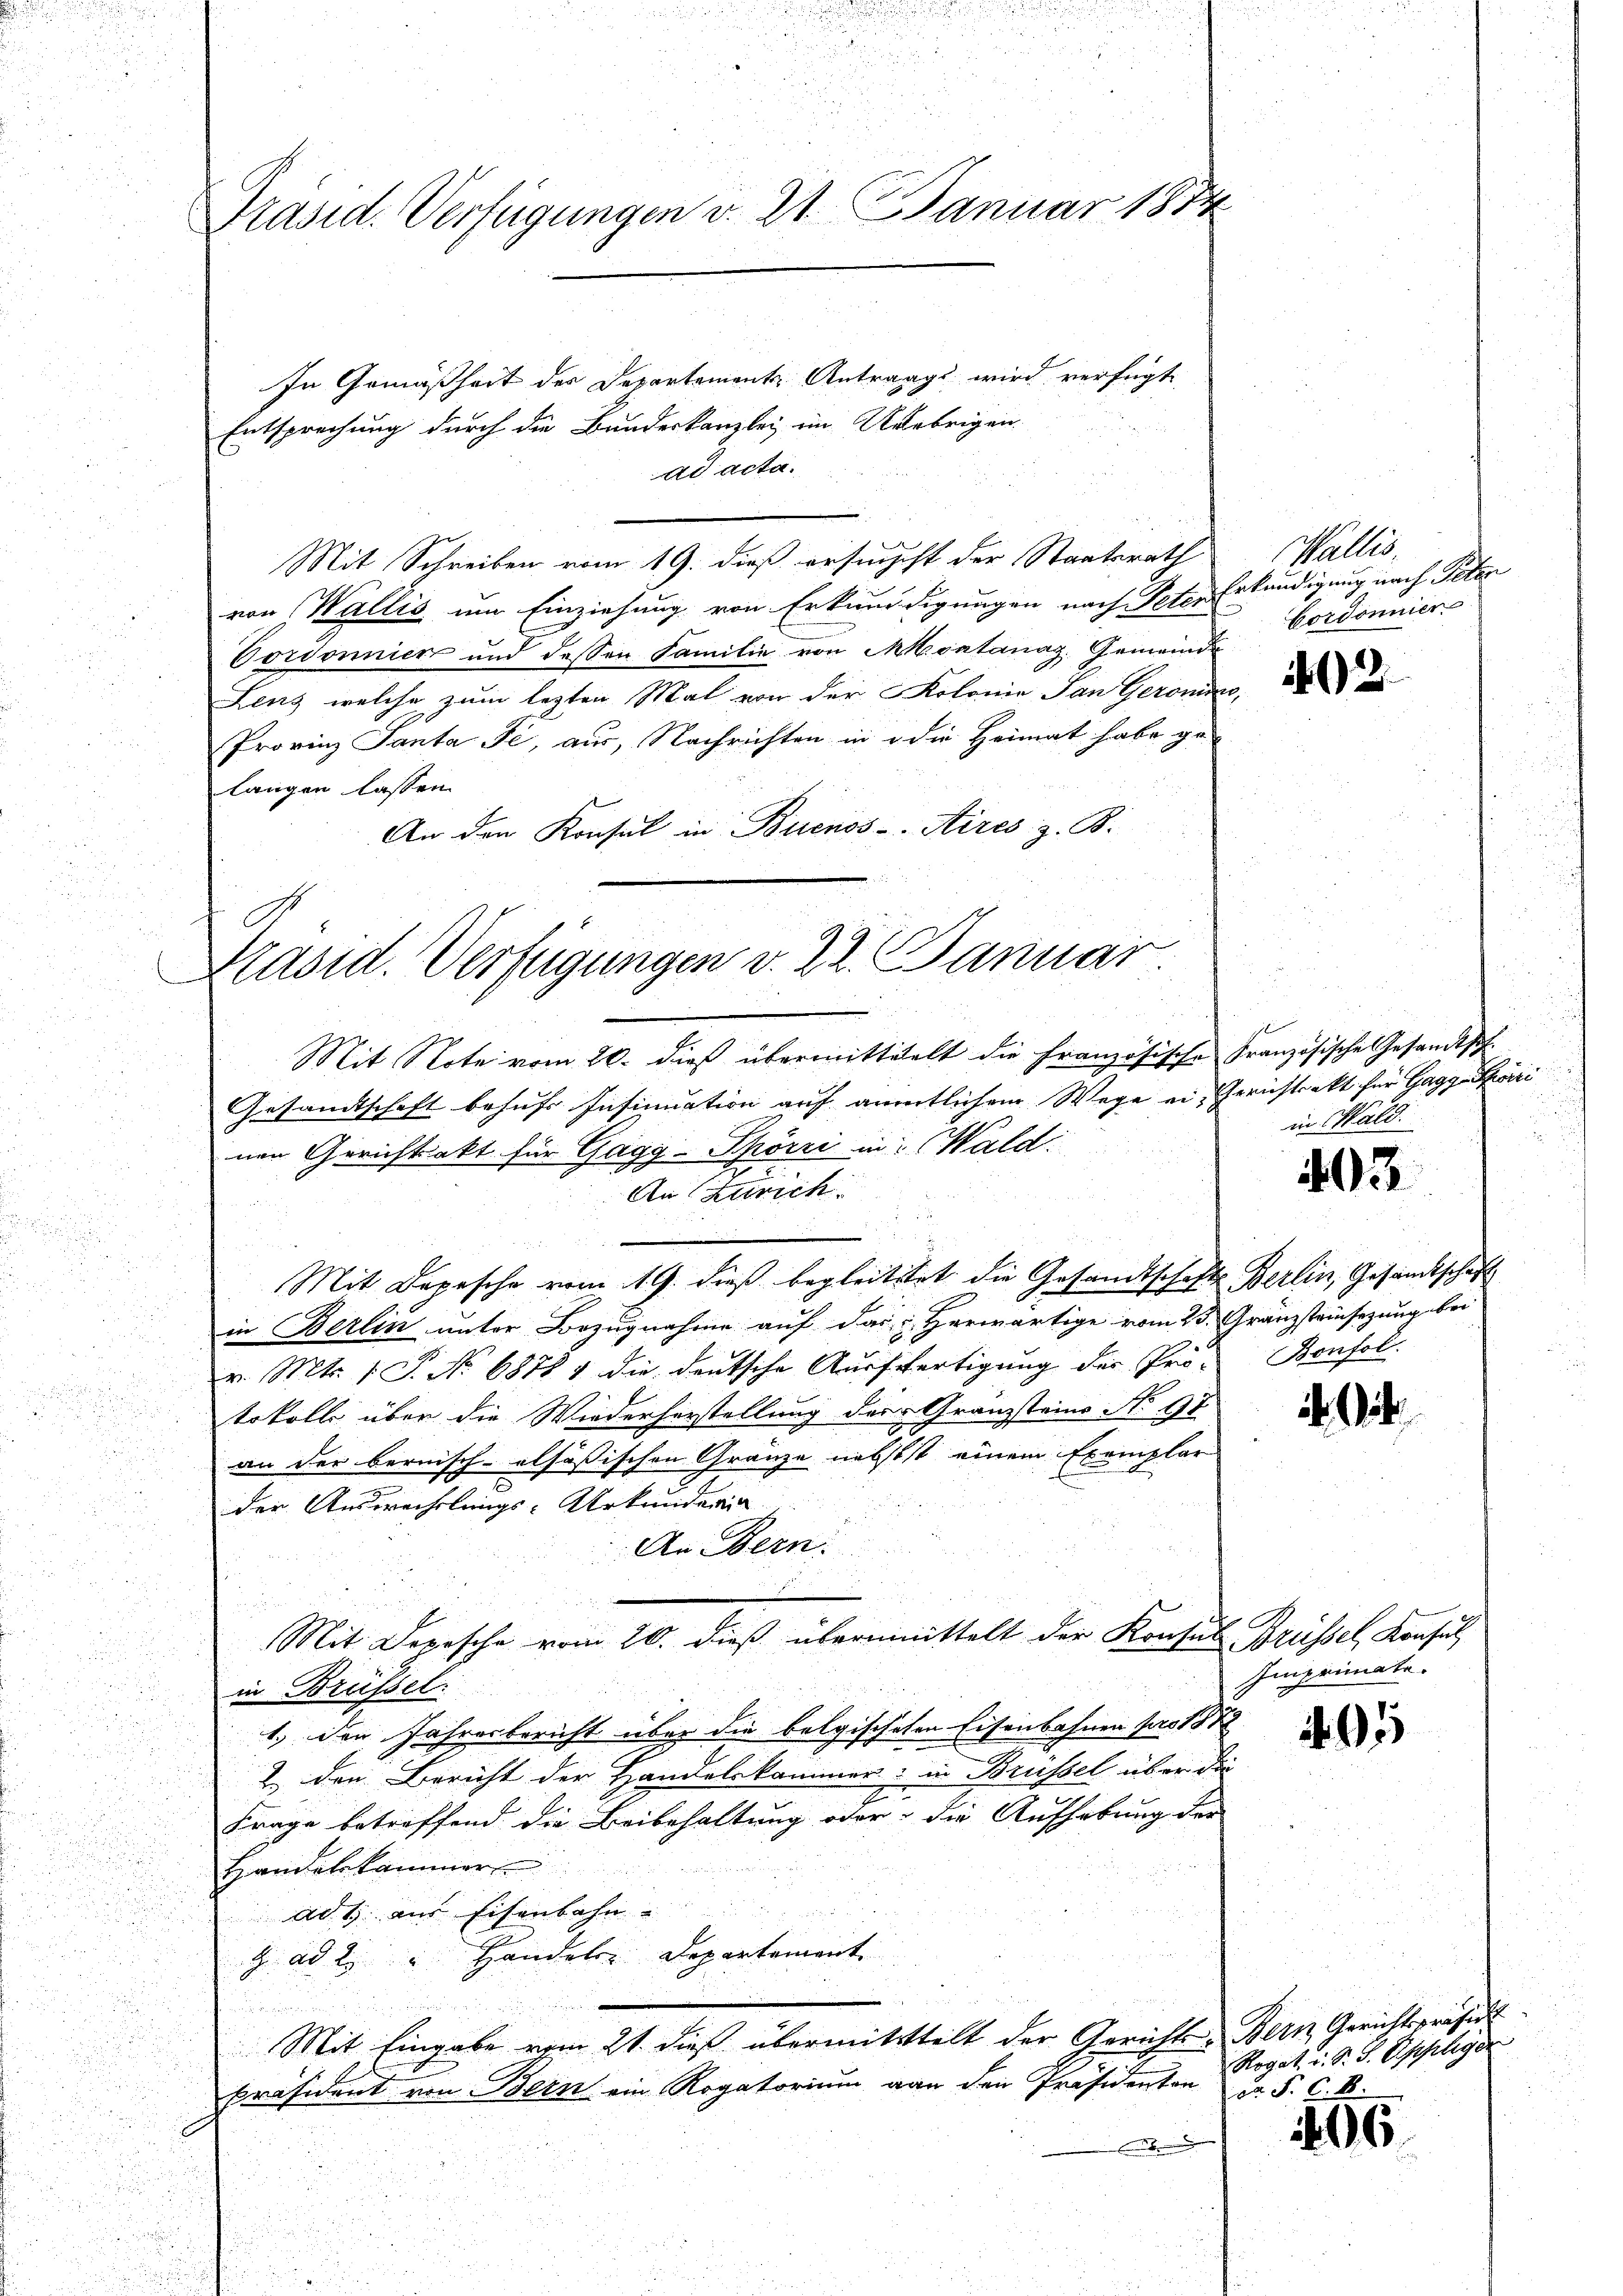
Präsid. Verfügungen v. 21 Januar 1874
In Gemäßheit des Departements Antrags wird verfügt
Entsprechung durch die Bundeskanzlei im Uebrigen

ad acta.
Mit Schreiben vom 19. dieß ersuchst der Staatsrath
von Wallis um Einziehung von Erkundigungen nach Peter Erkundigung nach Peter
Pordonnien und dessen Familie von Montanaz, Gemeinde
Lenz, welche zum lezten Mal von der Kolonie San Geronin
Provinz Santa Fé, aus, Nachrichten in die Heimat habe ge-
langen lassen.
An den Konsul in Buenos-Aires z. B.

Präsid. Verfügungen v. 22. Januar
Mit Note vom 20. dieß übermittelelt die Französische Französische Gesandtsch-
Gesandtschaft behufs Insinuation auf amentlichem Wege ein Gerichtrakt für Gage hör
nen Gerichtsakt für Gagy-Spörri in: Wald:
An Zürich

u
Mit Depesche vom 19. dieß begleitstet die Gesandtschafts Berlin, Gesandtschaft
in Berlin unter Bezugnahme auf das Herwärtige vom 23. Granzsteinsezung bei
v. Mts. 1 S. No 68784 die deutsche Ausfertigung der Pro- Bonfol
tokoll über die Wiederherstellung der Granzsteins No 97
an der bernisch-alsößischen Gränze nebst einem Exemplar
der Auswechslungs-Urkunderin
An Bern.
.
Mit Depesche vom 20. dieß übernimittelt der Konsul Brüssel, Konsul
in Brüssel
1.) Der Jahresbericht über die belgischeten Eisenbahnen pro 187
2 den Bericht der Handelskammer: in Brüssel über die
Frage betreffend die Beibehaltung oder die Aufhebung der
Handelskammer
ad 1. aus Eisenbahn-
g ad 2. " Handels Departement
Mit Eingabe vom 21. dieß übermittelt der Gerichts-Bern Gerichtspräsid
Präsident von Bern ein Rogatorium von den Präsidenten da S. C. B.

Wallis,
Cordonner

12.

je
in Wald.

03

i

.

Imprimate.

2. 95

Rogat v. S. S. Opfleger

106